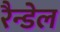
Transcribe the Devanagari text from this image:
रैन्डेल